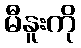
မီနူးကို